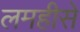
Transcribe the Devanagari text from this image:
लमहीसे